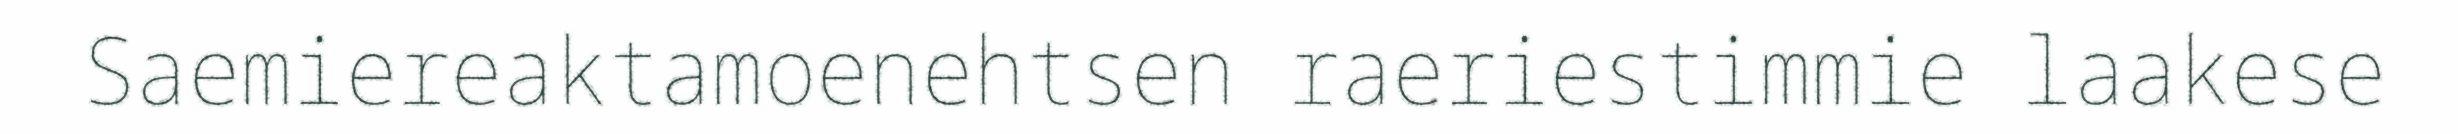
Saemiereaktamoenehtsen raeriestimmie laakese